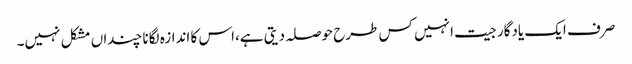
صرف ایک یادگار جیت انہیں کس طرح حوصلہ دیتی ہے،اس کا اندازہ لگانا چنداں مشکل نہیں۔